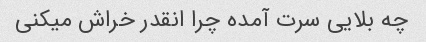
چه بلایی سرت آمده چرا انقدر خراش میکنی